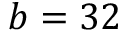
b = 3 2